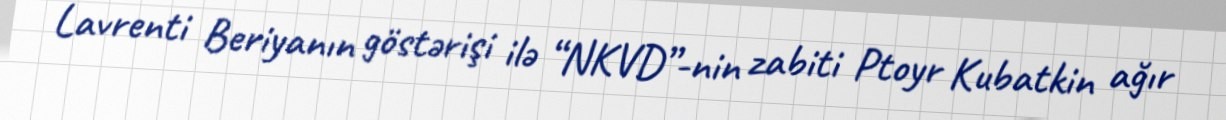
Lavrenti Beriyanın göstərişi ilə “NKVD”-nin zabiti Ptoyr Kubatkin ağır